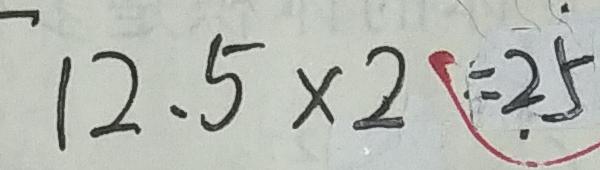
1 2 . 5 \times 2 = 2 5